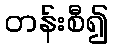
တန်းစီ၍